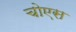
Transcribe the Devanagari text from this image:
चोएस